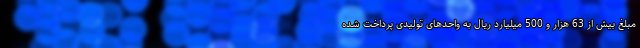
مبلغ بیش از 63 هزار و 500 میلیارد ریال به واحدهای تولیدی پرداخت شده